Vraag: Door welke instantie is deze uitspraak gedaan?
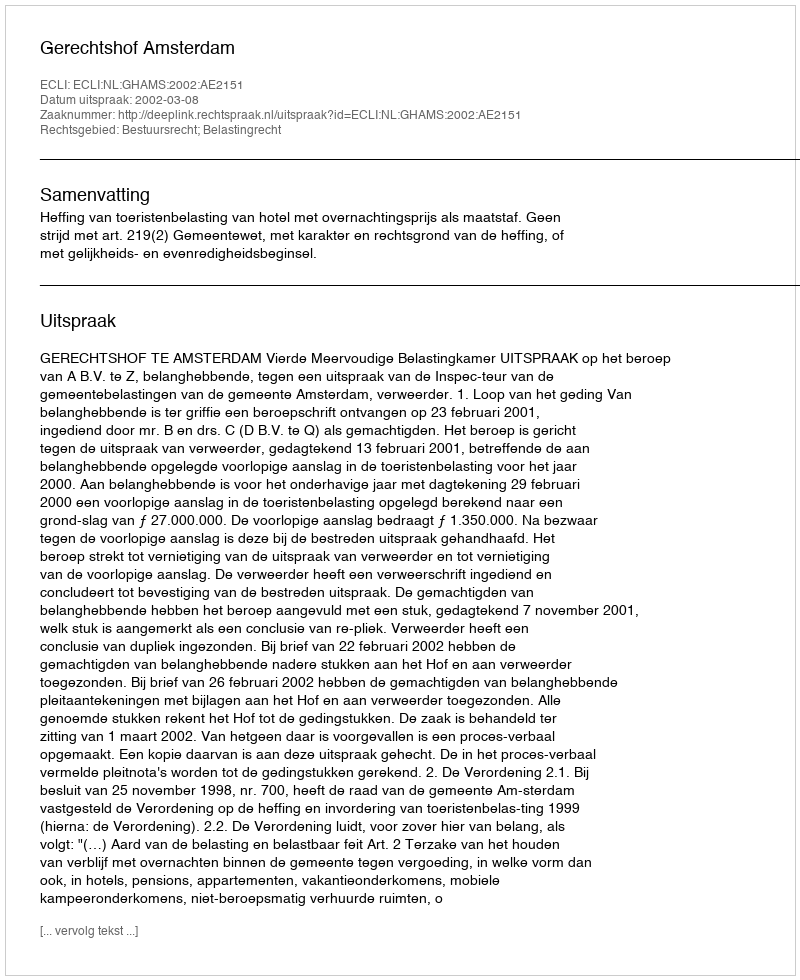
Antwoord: Gerechtshof Amsterdam